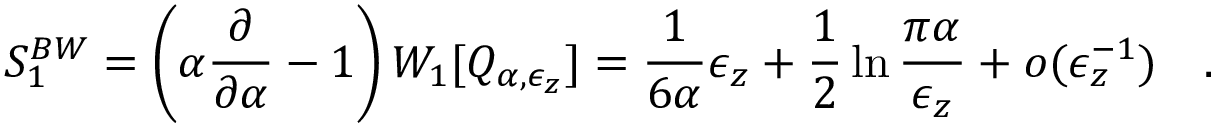
S _ { 1 } ^ { B W } = \left( \alpha { \frac { \partial } { \partial \alpha } } - 1 \right) W _ { 1 } [ Q _ { \alpha , \epsilon _ { z } } ] = { \frac { 1 } { 6 \alpha } } \epsilon _ { z } + \frac 1 2 \ln { \frac { \pi \alpha } { \epsilon _ { z } } } + o ( \epsilon _ { z } ^ { - 1 } ) ~ ~ ~ .